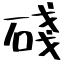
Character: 碊